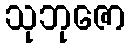
သုဘုဇော